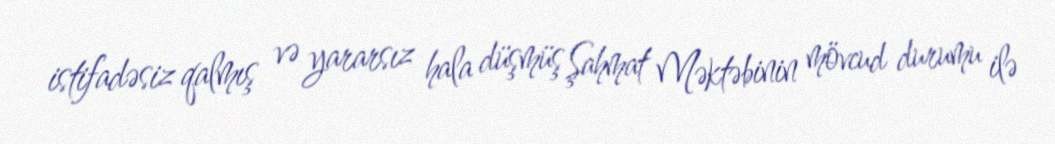
istifadəsiz qalmış və yararsız hala düşmüş Şahmat Məktəbinin mövcud durumu ilə